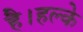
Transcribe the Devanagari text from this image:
है।हल्के